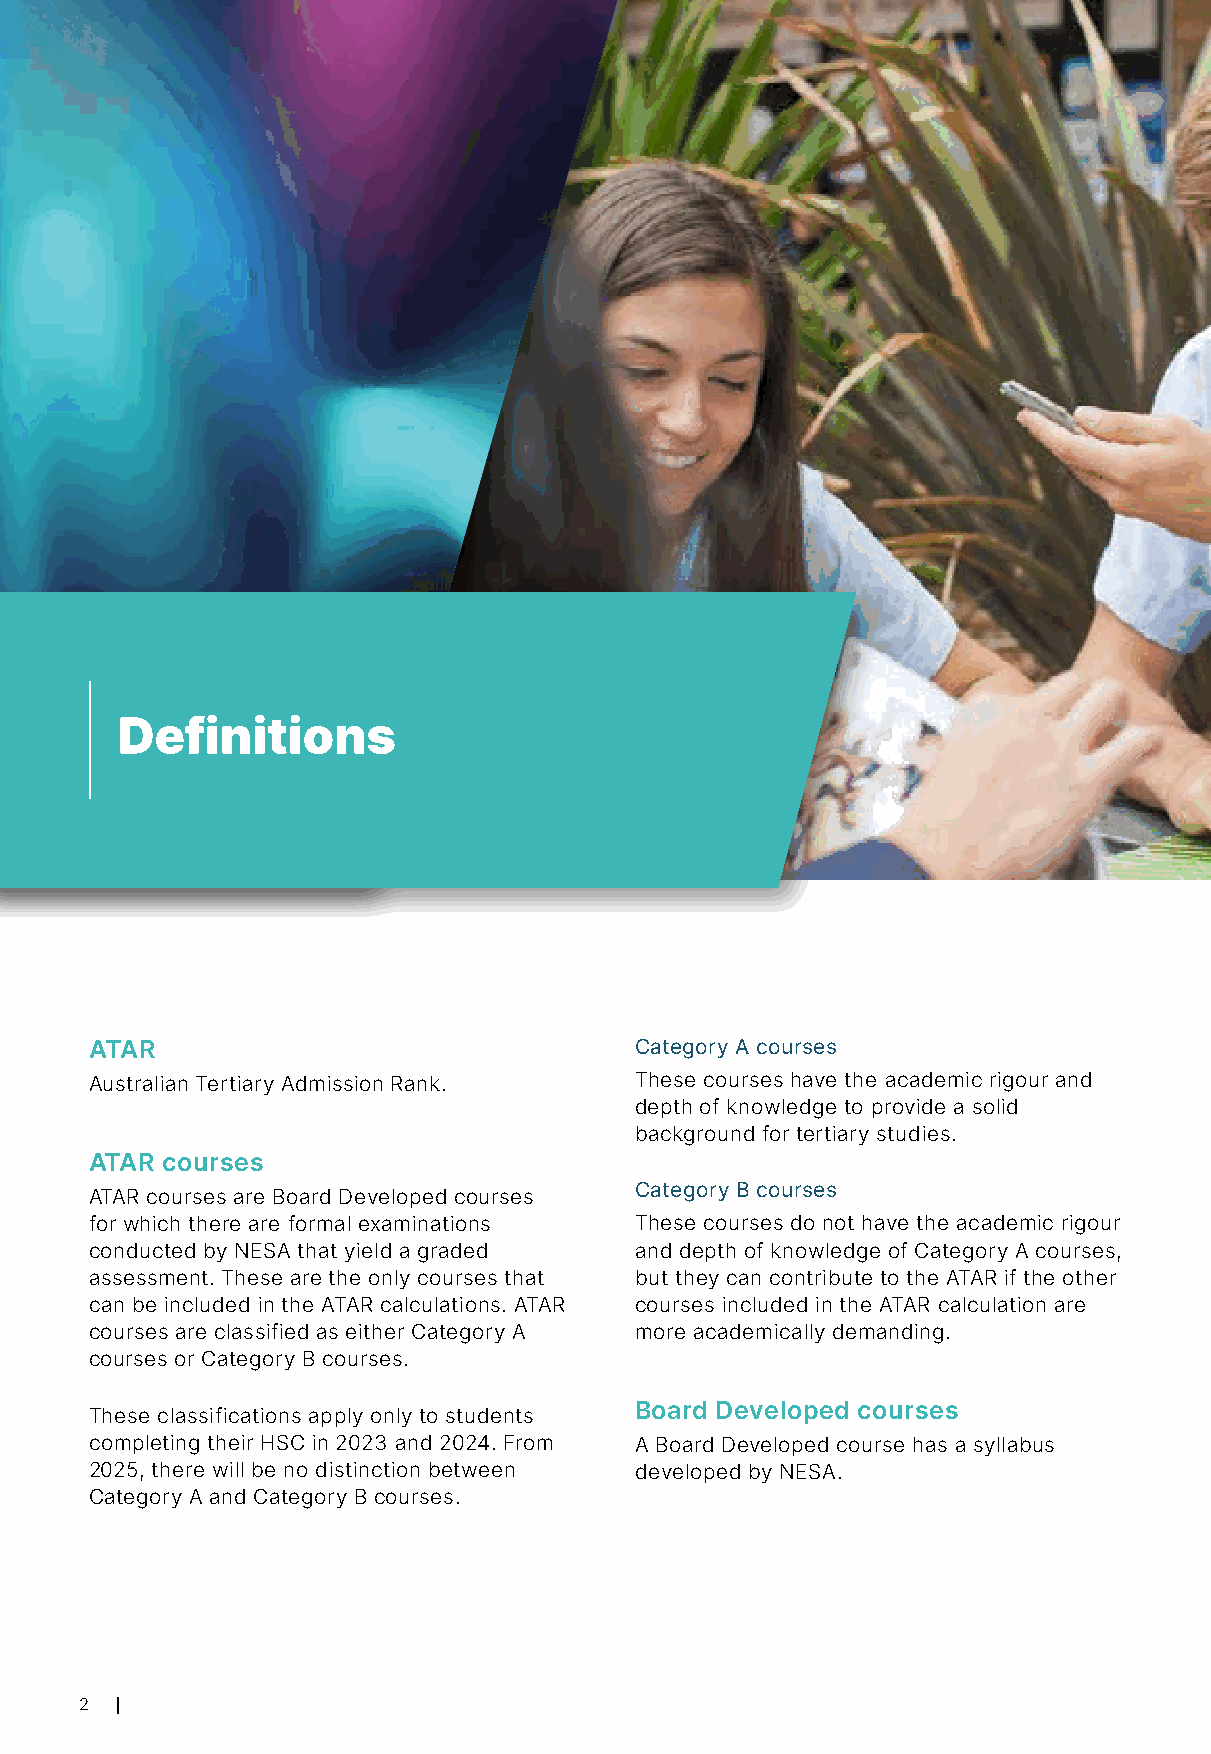
Definitions
 ATAR                                Category A courses
 Australian Tertiary Admission Rank. These courses have the academic rigour and
 depth of knowledge to provide a solid
 background for tertiary studies.
 ATAR courses
 Category B courses
 ATAR courses are Board Developed courses
 for which there are formal examinations These courses do not have the academic rigour
 conducted by NESA that yield a graded and depth of knowledge of Category A courses,
 assessment. These are the only courses that but they can contribute to the ATAR if the other
 can be included in the ATAR calculations. ATAR courses included in the ATAR calculation are
 courses are classified as either Category A more academically demanding.
 courses or Category B courses.
 Board Developed courses
 These classifications apply only to students
 completing their HSC in 2023 and 2024. From A Board Developed course has a syllabus
 2025, there will be no distinction between developed by NESA.
 Category A and Category B courses.
 2